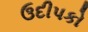
ઉદીપકો